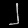
Digit: ၂